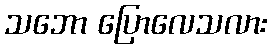
သဘော ပြောလေသလား